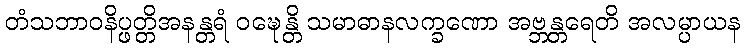
တံသဘာဝနိပ္ဖတ္တိအနန္တရံ ဝဍ္ဎေန္တိ သမာဓာနလက္ခဏော အဗ္ဘန္တရေတိ အလမ္ပာယန